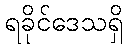
ရခိုင်ဒေသရှိ